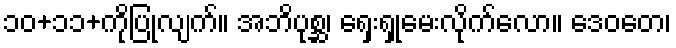
၁၀+၁၁+ကိုပြုလျက်။ အဘိပုစ္ဆ၊ ရှေးရှုမေးလိုက်လော။ ဒေဝတေ၊